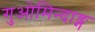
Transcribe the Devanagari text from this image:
गुओमिन्दाङ्ग